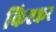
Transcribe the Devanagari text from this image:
किश्कर